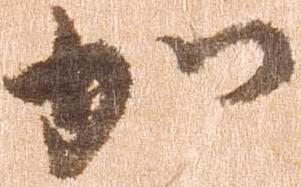
加